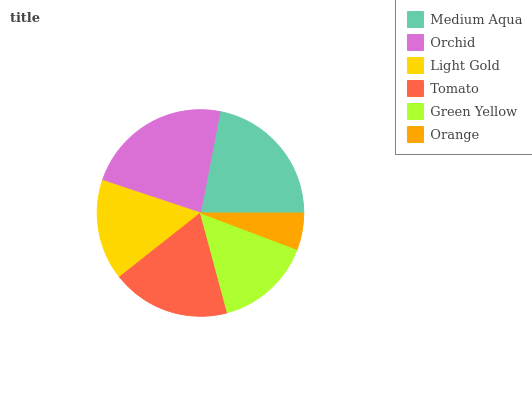
| Medium Aqua | Orchid | Light Gold | Tomato | Green Yellow | Orange |
 | --- | --- | --- | --- | --- | --- |
 | 21.9% | 22.9% | 15.7% | 18.6% | 15.1% | 5.73% |